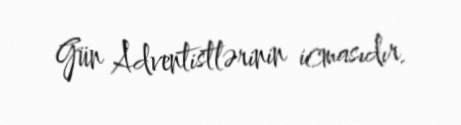
Gün Adventistlərinin icmasıdır.